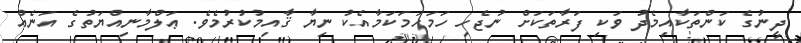
ދީނުގެ ކަންތަކާއިމެދު ވަކި ފަރާތަކަށް ނުޖެހި ހަމަހަމަކަމާއެކު ނިޔާ ޤާއިމުކުރުމެވެ. ޢަލްމާނިއްޔަތުގެ އަނެއް